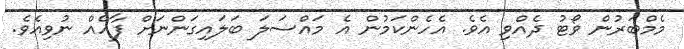
މެމްބަރުން ވޯޓު ދެއްވި އެވެ. އެހެންކަމުން އެ މައްސަލަ ބަލައިގަންނަށް ފާހެއް ނުވިއެވެ.